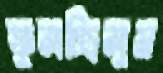
ফুলচ্ছিলুম